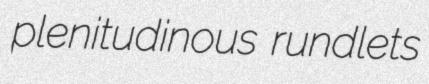
plenitudinous rundlets